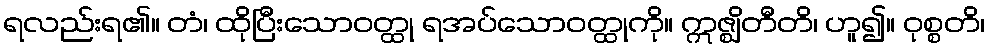
ရလည်းရ၏။ တံ၊ ထိုပြီးသောဝတ္ထု ရအပ်သောဝတ္ထုကို။ ဣဇ္ဈိတီတိ၊ ဟူ၍။ ဝုစ္စတိ၊